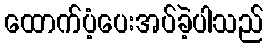
ထောက်ပံ့ပေးအပ်ခဲ့ပါသည်